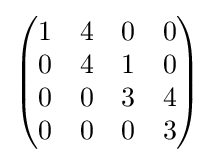
{\begin{pmatrix}1&4&0&0\\0&4&1&0\\0&0&3&4\\0&0&0&3\\\end{pmatrix}}